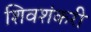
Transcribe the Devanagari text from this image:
शिवशंकरी